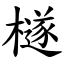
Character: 檖